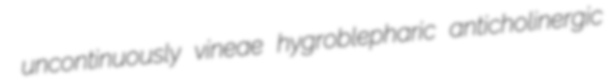
uncontinuously vineae hygroblepharic anticholinergic